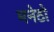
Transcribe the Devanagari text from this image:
मनेठो